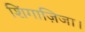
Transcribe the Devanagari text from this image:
शिंगाज़िजा।